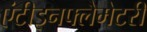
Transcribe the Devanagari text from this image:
एंटीइनफ्लैमेटरी